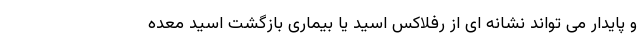
و پایدار می تواند نشانه ای از رفلاکس اسید یا بیماری بازگشت اسید معده